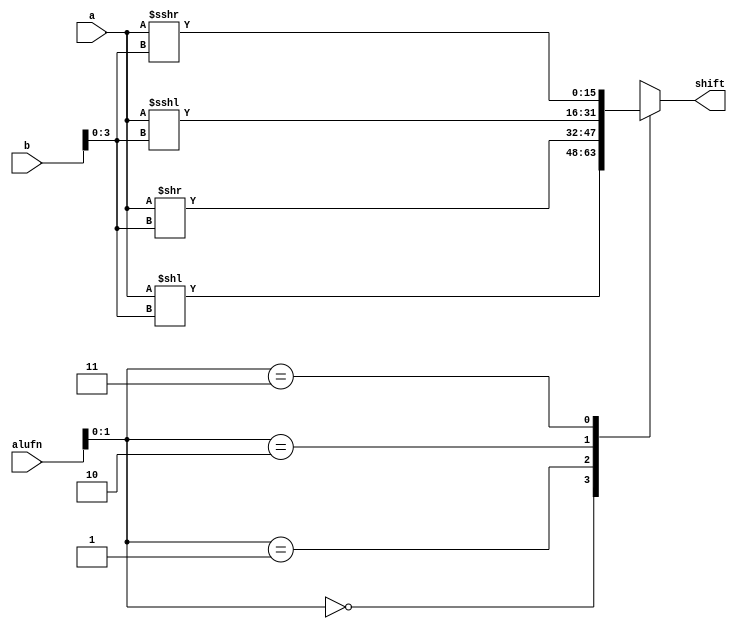
module shifter_9 (
    input [15:0] a,
    input [15:0] b,
    input [5:0] alufn,
    output reg [15:0] shift
  );
  
  
  
  always @* begin
    
    case (alufn[0+1-:2])
      2'h0: begin
        shift = a << b[0+3-:4];
      end
      2'h1: begin
        shift = a >> b[0+3-:4];
      end
      2'h2: begin
        shift = $signed(a) <<< b[0+3-:4];
      end
      2'h3: begin
        shift = $signed(a) >>> b[0+3-:4];
      end
      default: begin
        shift = 1'h0;
      end
    endcase
  end
endmodule